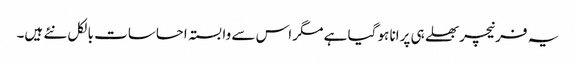
یہ فرنیچر بھلے ہی پرانا ہو گیا ہے مگر اس سے وابستہ احساسات بالکل نئے ہیں۔